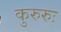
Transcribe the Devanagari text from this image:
कुरुरुः